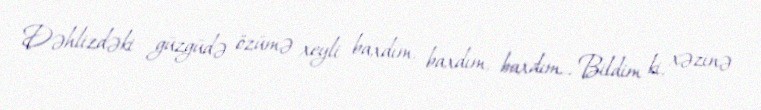
Dəhlizdəki güzgüdə özümə xeyli baxdım, baxdım, baxdım... Bildim ki, xəzinə